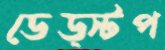
ডেড্স্টপ